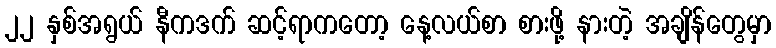
၂၂ နှစ်အရွယ် နီကဒက် ဆင့်ရာကတော့ နေ့လယ်စာ စားဖို့ နားတဲ့ အချိန်တွေမှာ